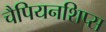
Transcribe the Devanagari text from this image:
चैपियनशिप्स